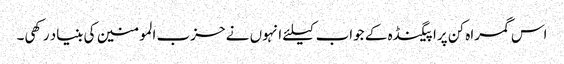
اس گمراہ کن پراپیگنڈہ کے جواب کیلئے انہوں نے حزب المومنین کی بنیاد رکھی۔